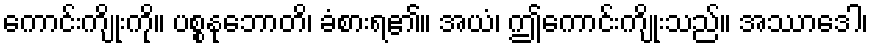
ကောင်းကျိုးကို။ ပစ္စနုဘောတိ၊ ခံစားရ၏။ အယံ၊ ဤကောင်းကျိုးသည်။ အဿာဒေါ၊